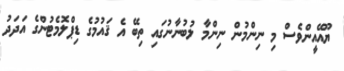
ޔޫއޭއީންވެސް މި ނިންމުން ނިންމާ ލުބުނާނުގައި ތިބޭ އެ ޤައުމުގެ ޑިޕްލޮމެޓުންގެ އަދަދު